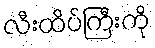
လီးထိပ်ကြီးကို